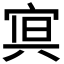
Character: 𭓿